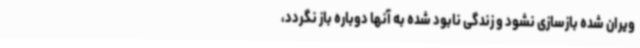
ویران شده بازسازی نشود و زندگی نابود شده به آنها دوباره باز نگردد،